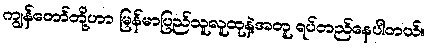
ကျွန်တော်တို့ဟာ မြန်မာပြည်သူလူထုနဲ့အတူ ရပ်တည်နေပါတယ်။